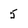
Character: 5